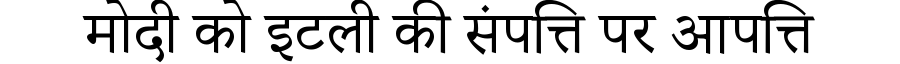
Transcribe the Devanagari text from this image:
मोदी को इटली की संपत्ति पर आपत्ति